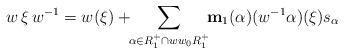
LaTeX: \begin{align*}w\,\xi\,w^{-1}=w(\xi)+\!\!\sum_{\alpha\in R_1^+\cap ww_0R_1^+} \!\!\mathbf m_1(\alpha)(w^{-1}\alpha)(\xi)s_\alpha\end{align*}